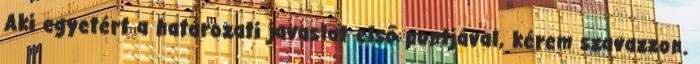
Aki egyetért a határozati javaslat első pontjával, kérem szavazzon.